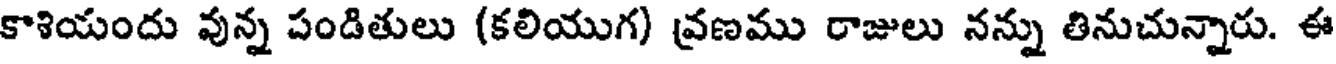
కాశియందు వున్న పండితులు (కలియుగ) వ్రణము రాజులు నన్ను తినుచున్నారు. ఈ